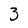
Character: 3